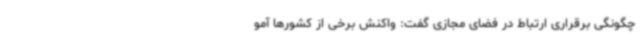
چگونگی برقراری ارتباط در فضای مجازی گفت: واکنش برخی از کشورها آمو